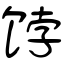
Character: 饽